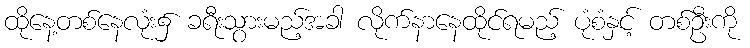
ထိုနေ့တစ်နေလုံး၌ ခရီးသွားမည့်အခါ လိုက်နာနေထိုင်ရမည့် ပုံစံနှင့် တစ်ဦးကို